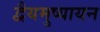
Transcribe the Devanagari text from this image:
द्वैयमुष्यायन